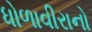
ધોળાવીરાનો